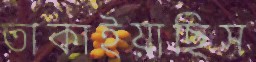
তাকাইয়াছিস